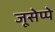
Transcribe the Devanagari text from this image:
जूसेप्पे